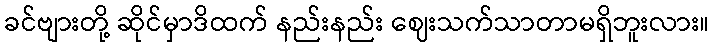
ခင်ဗျားတို့ ဆိုင်မှာဒိထက် နည်းနည်း ဈေးသက်သာတာမရှိဘူးလား။